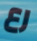
رع